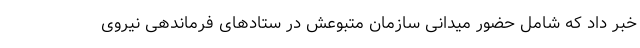
خبر داد که شامل حضور میدانی سازمان متبوعش در ستادهای فرماندهی نیروی